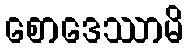
စောဒေဿာမိ